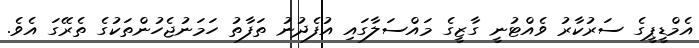
އެމްޑީޕީގެ ސަރުކާރު ވެއްޓުނީ ގާޒީގެ މައްސަލާގައި އުފެދުނު ތަފާތު ހަމަނުޖެހުންތަކުގެ ތެރޭގަ އެވެ.